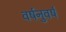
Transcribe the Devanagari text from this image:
वर्षनुवर्ष